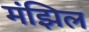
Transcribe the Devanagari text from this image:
मंझिल